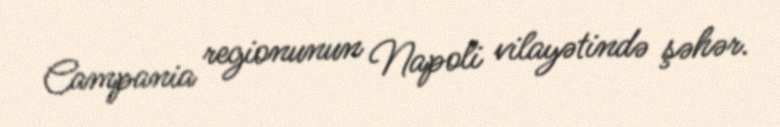
Campania regionunun Napoli vilayətində şəhər.